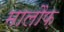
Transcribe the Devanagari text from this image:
मालौफ़